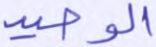
الوحيد